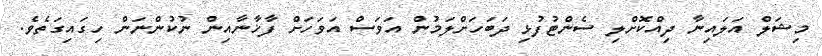
މިޝަލް އަލައިނާ ދިއްކޮށްލި ސެންޓުފުޅި ދަބަހަށްލަމުން އަވަސް އަވަހަށް ފާޚާނާއިން ނުކުންނަން ހިގައިގަތެވެ.